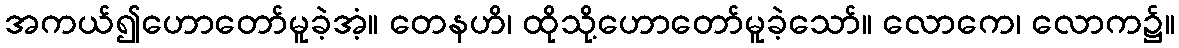
အကယ်၍ဟောတော်မူခဲ့အံ့။ တေနဟိ၊ ထိုသို့ဟောတော်မူခဲ့သော်။ လောကေ၊ လောက၌။